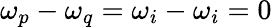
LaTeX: \omega_{p}-\omega_{q}=\omega_{i}-\omega_{i}=0